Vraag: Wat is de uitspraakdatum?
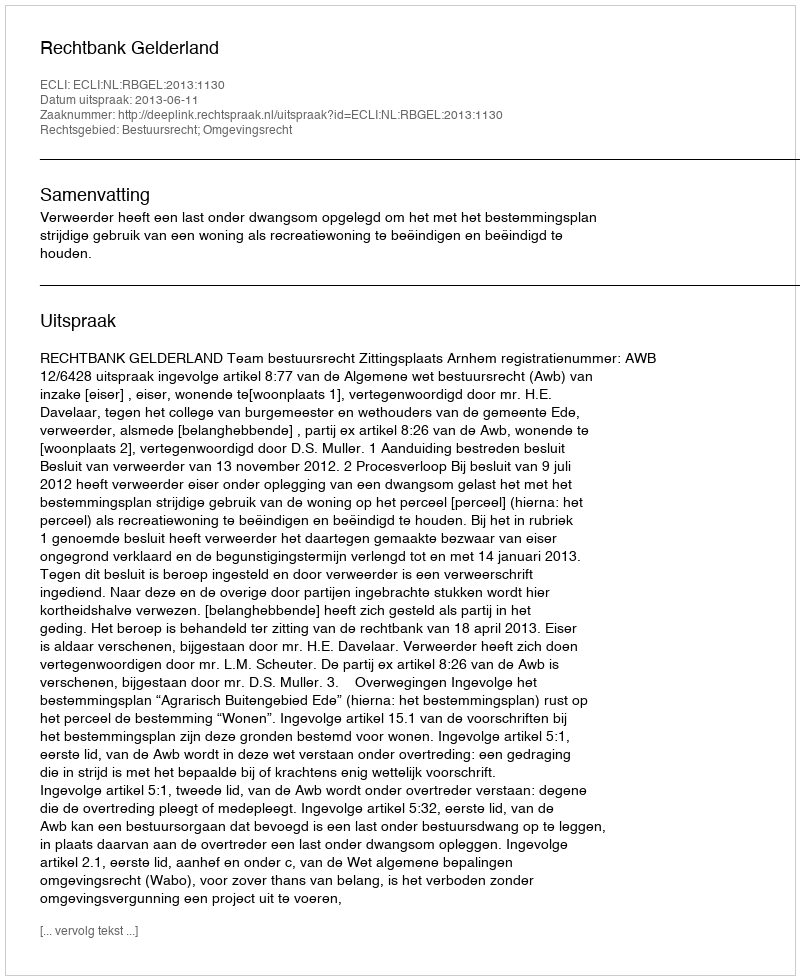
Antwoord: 2013-06-11